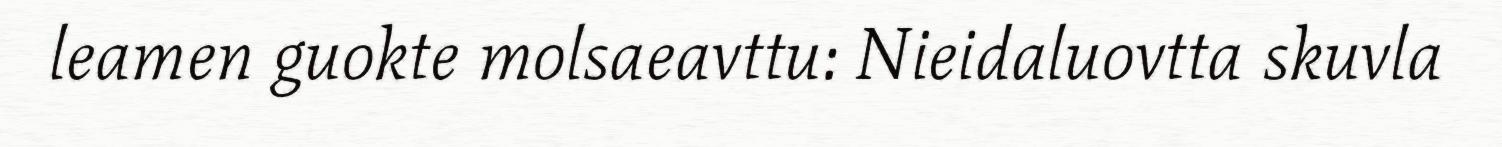
leamen guokte molsaeavttu: Nieidaluovtta skuvla